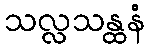
သလ္လသန္ထနံ